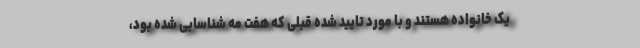
یک خانواده هستند و با مورد تایید شده قبلی که هفت مه شناسایی شده بود،